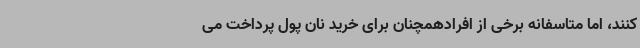
کنند، اما متاسفانه برخی از افرادهمچنان برای خرید نان پول پرداخت می